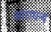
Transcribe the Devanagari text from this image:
आराधन्य